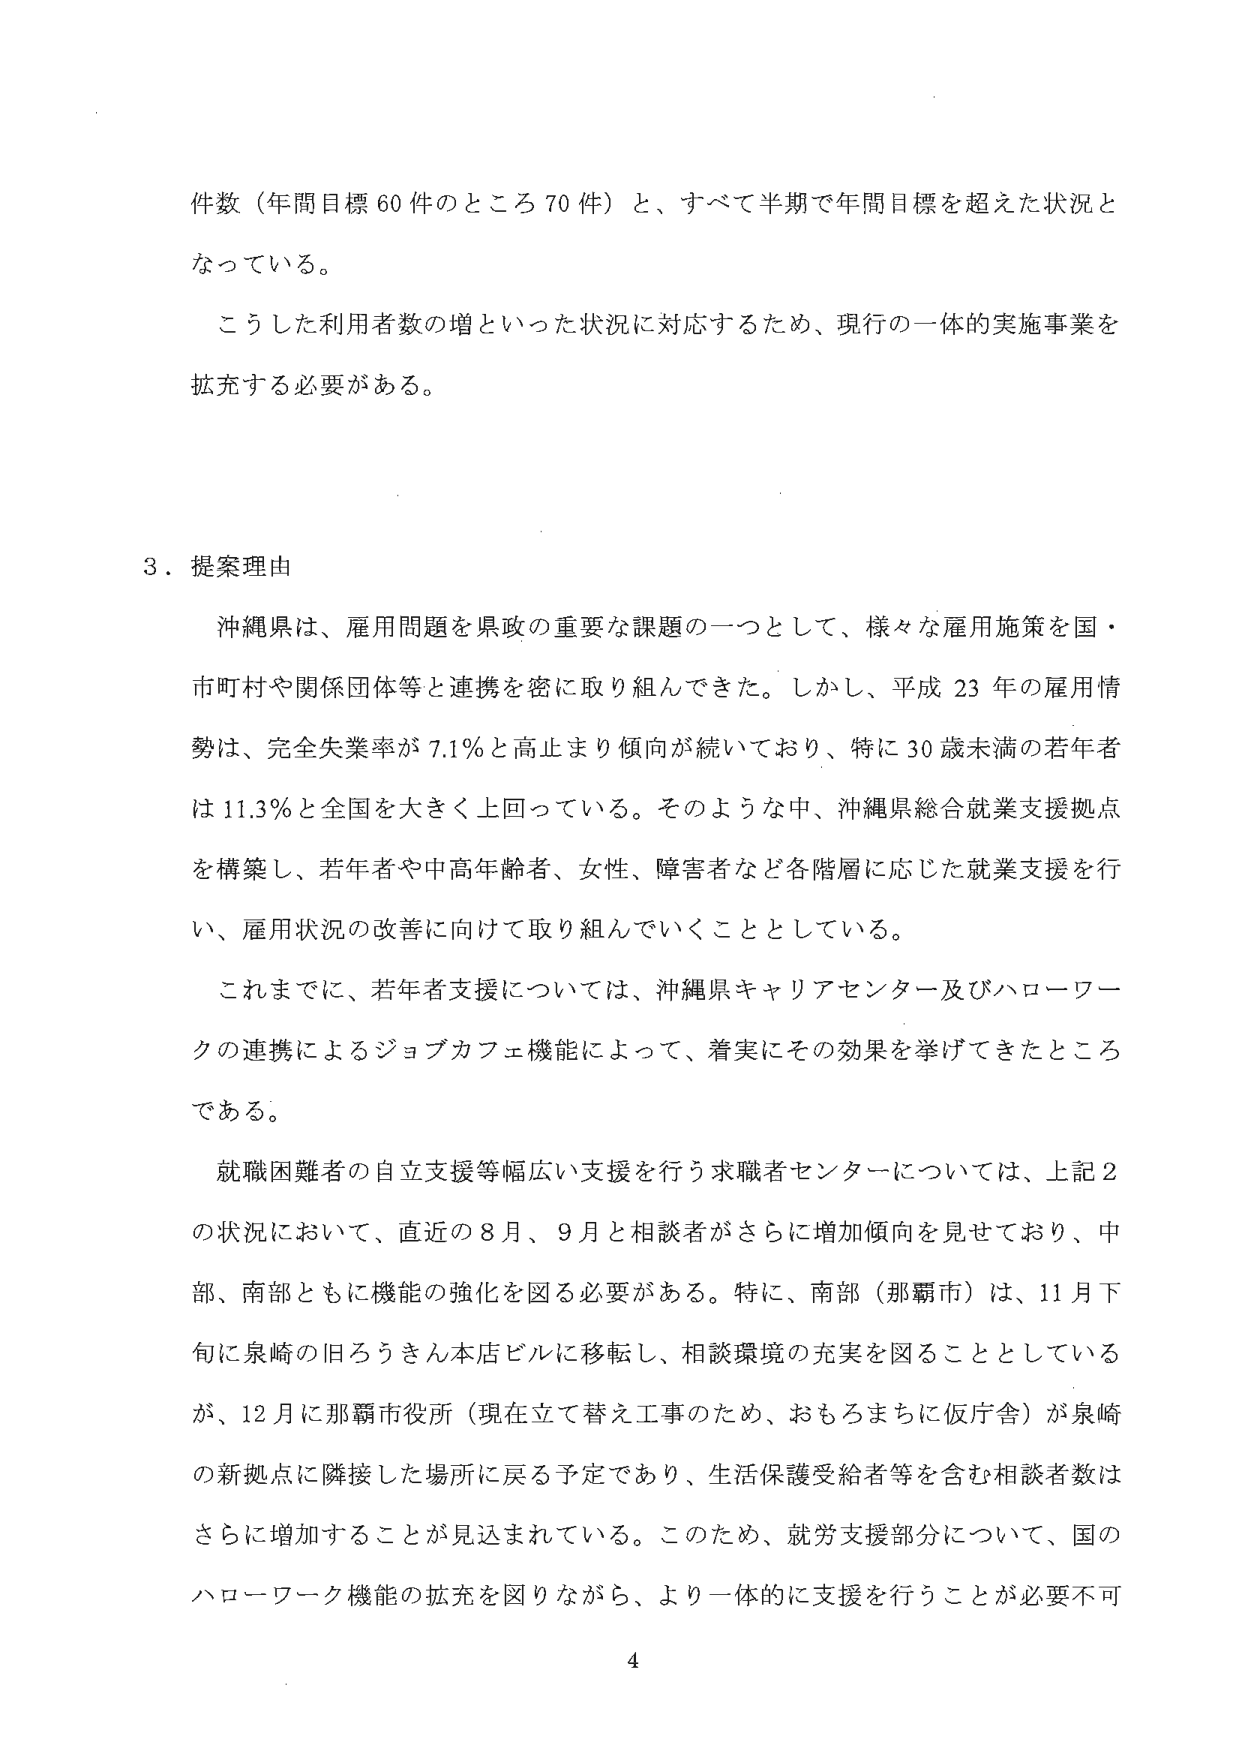
件数（年間目標60件のところ70件）と、すべて半期で年間目標を超えた状況となっている。

こうした利用者数の増といった状況に対応するため、現行の一体的実施事業を拡充する必要がある。

3．提案理由

沖縄県は、雇用問題を県政の重要な課題の一つとして、様々な雇用施策を国・市町村や関係団体等と連携を密に取り組んできた。しかし、平成23年の雇用情勢は、完全失業率が7.1％と高止まり傾向が続いており、特に30歳未満の若年者は11.3％と全国を大きく上回っている。そのような中、沖縄県総合就業支援拠点を構築し、若年者や中高年齢者、女性、障害者など各階層に応じた就業支援を行い、雇用状況の改善に向けて取り組んでいくこととしている。

これまでに、若年者支援については、沖縄県キャリアセンター及びハローワークの連携によるジョブカフェ機能によって、着実にその効果を挙げてきたところである。

就職困難者の自立支援等幅広い支援を行う求職者センターについては、上記2の状況において、直近の8月、9月と相談者がさらに増加傾向を見せており、中部、南部ともに機能の強化を図る必要がある。特に、南部（那覇市）は、11月下旬に泉崎の旧ろうきん本店ビルに移転し、相談環境の充実を図ることとしているが、12月に那覇市役所（現在立て替え工事のため、おもろまちに仮庁舎）が泉崎の新拠点に隣接した場所に戻る予定であり、生活保護受給者等を含む相談者数はさらに増加することが見込まれている。このため、就労支援部分について、国のハローワーク機能の拡充を図りながら、より一体的に支援を行うことが必要不可

4